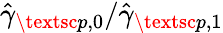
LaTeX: \hat{\gamma}_{\textsc{p},0}/\hat{\gamma}_{\textsc{p},1}